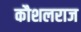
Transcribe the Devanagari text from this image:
कौशलराज